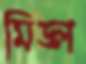
মিড্ল